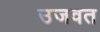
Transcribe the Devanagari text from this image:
उजवत